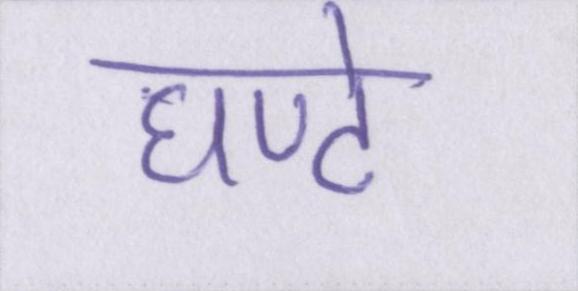
घण्टे